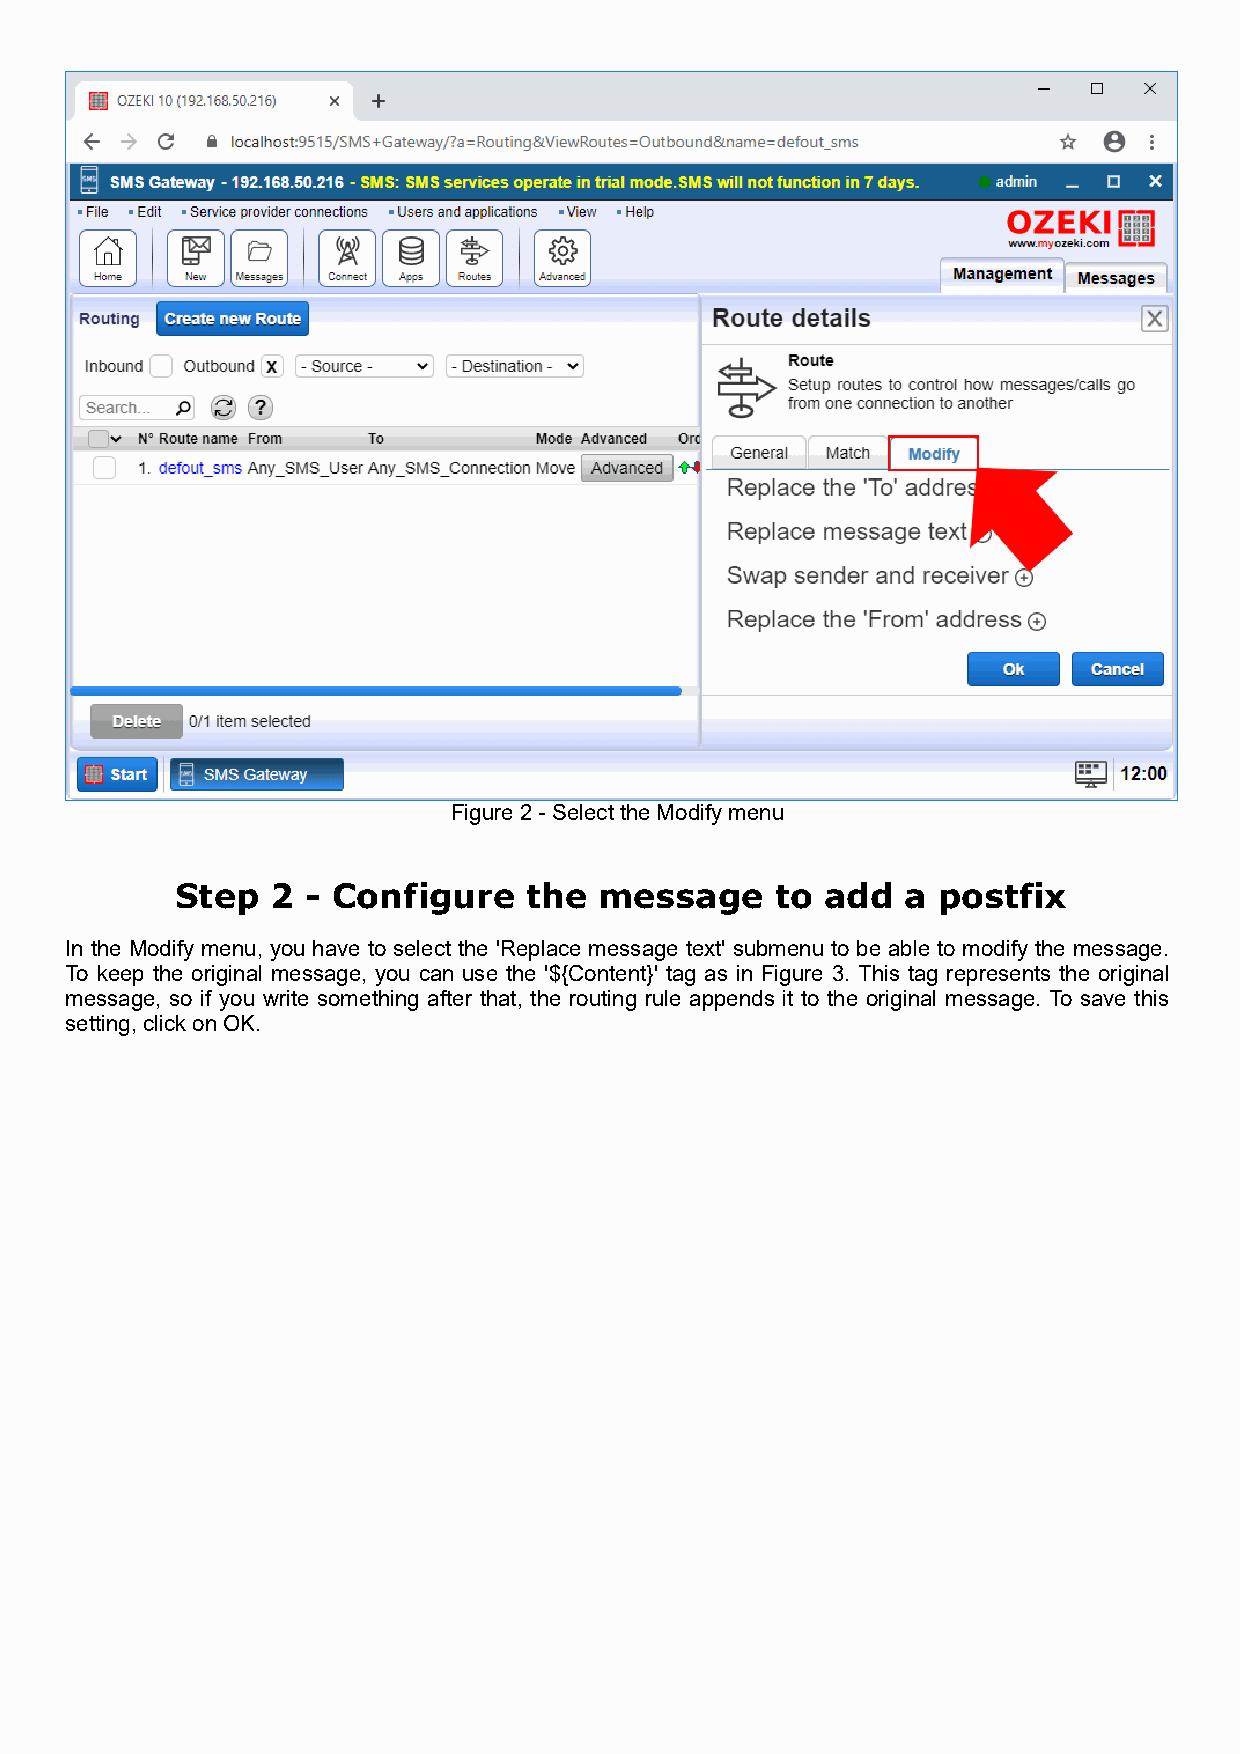
Figure 2 - Select the Modify menu
 Step  2 - Configure    the  message    to  add  a postfix
 In the Modify menu, you have to select the 'Replace message text' submenu to be able to modify the message.
 To keep the original message, you can use the '${Content}' tag as in Figure 3. This tag represents the original
 message, so if you write something after that, the routing rule appends it to the original message. To save this
 setting, click on OK.